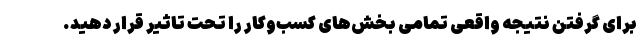
برای گرفتن نتیجه واقعی تمامی بخش‌های کسب‌وکار را تحت تاثیر قرار دهید.